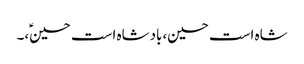
شاہ است حسین،بادشاہ است حسینؑ،۔